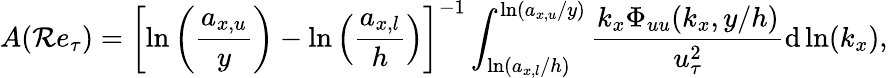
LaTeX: A(\mathcal{R}e_{\tau})=\left[\ln\left(\frac{{a_{x,u}}}{{y}}\right)-\ln\left(\frac{{a_{x,l}}}{{h}}\right)\right]^{-1}\int_{\ln\left(a_{x,l}/h\right)}^{\ln\left(a_{x,u}/y\right)}\frac{{k_{x}\Phi_{uu}(k_{x},y/h)}}{{u_{\tau}^{2}}}\mathrm{{d}}\ln(k_{x}),